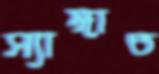
স্যাঙ্গাত